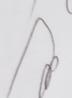
Signature authenticity: genuine